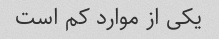
یکی از موارد کم است